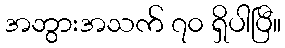
အဘွားအသက် ၇၀ ရှိပါပြီ။